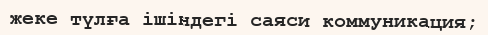
жеке түлға ішіндегі саяси коммуникация;